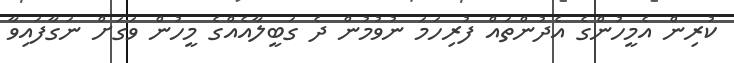
ކުރިން އެމީހުންގެ އެދުންތައް ފުރިހަމަ ނުވުމުން ދެ ގަބީލާއެއްގެ މީހުން ވަގަށް ނަގާފައިވާ